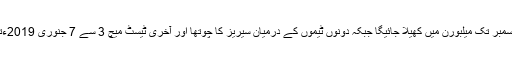
تیسرا ٹیسٹ 26 سے 30 دسمبر تک میلبورن میں کھیلا جائیگا جبکہ دونوں ٹیموں کے درمیان سیریز کا چوتھا اور آخری ٹیسٹ میچ 3 سے 7 جنوری 2019ءتک سڈنی میں کھیلا جائیگا۔